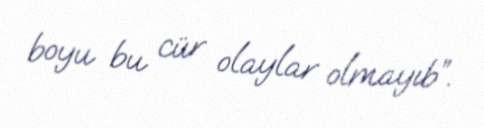
boyu bu cür olaylar olmayıb”.